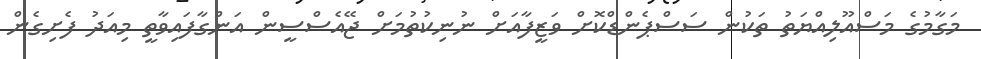
މަގާމުގެ މަސްއޫލިއްޔަތު ތަކުން ސަސްޕެންޑްކޮށް ވަޒީފާއަށް ނުނިކުތުމަށް ޖޭއެސްސީން އަންގާފައިވާތީ މިއަދު ފެށިގެން